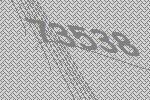
73538